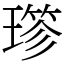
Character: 𤨤